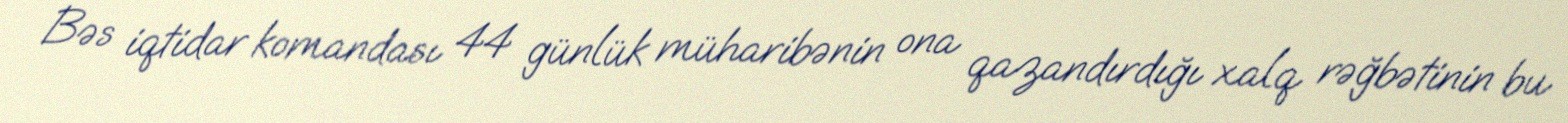
Bəs iqtidar komandası 44 günlük müharibənin ona qazandırdığı xalq rəğbətinin bu